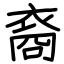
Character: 裔